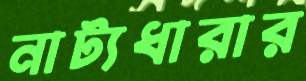
নাট্যধারার